Annual report of the Prince of Wales Medical College, Patna
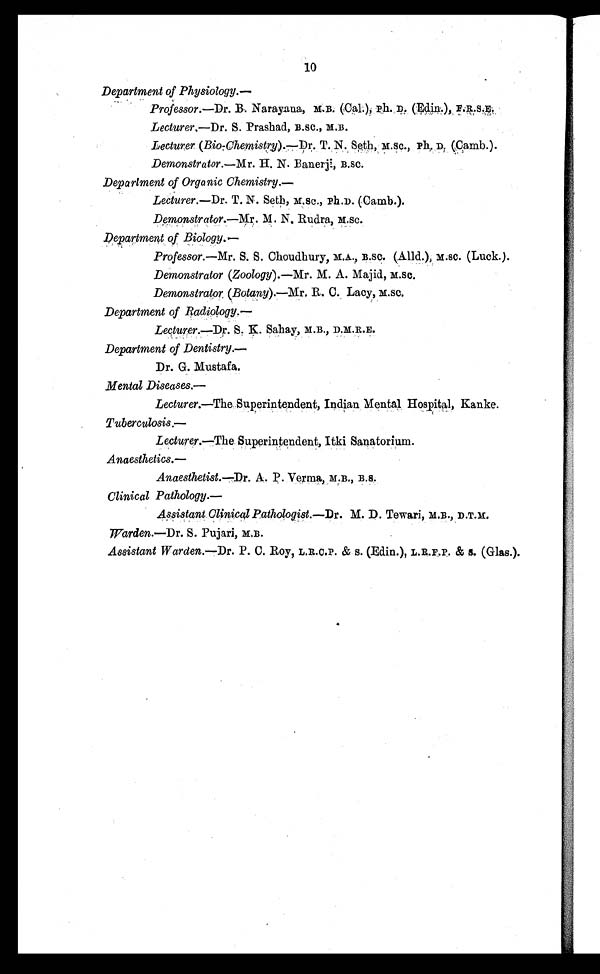
10
Department of Physiology.—
Professor.
—Dr. B. Narayana, M.B. (Cal.), Ph. D. (Edin.),
F.R.S.E.
Lecturer.—Dr. S. Prashad, B .SC., M.B.
Lecturer.
—
(Bio-Chemistry).—Dr. T. N. Seth, M.SC., ph. D, (Camb.).
Demonstrator.—Mr. H. N. Banerji, B.SC.
Department of Organic Chemistry. —
Lecturer.—Dr. T. N. Seth, M.Sc., Ph.D. (Camb.).
Demonstrator. —Mr. M. N. Rudra, M.SC.
Department of Biology. —
Professor. —Mr. S. S. Choudhury, M.A., B.SC. (Alld.), M.SC. (Luck.).
Demonstrator (Zoology). —Mr. M. A. Majid, M.SC.
Demonstrator (Botany). —Mr. R. C. Lacy, M.SC.
Department of Radiology.
—
Lecturer.—Dr. S. K. Sahay, M.B., D.M.R.E.
Department of Dentistry.—
Dr. G. Mustafa.
Mental Diseases.—
Lecturer.—The Superintendent, Indian Mental Hospital, Kanke.
Tuberculosis.—
Lecturer.—The Superintendent, Itki Sanatorium.
Anaesthetics. —
Anaesthetist. —Dr. A. P. Verma, M.B., B.S.
Clinical Pathology. —
Assistant Clinical Pathologist. —Dr. M. D. Tewari, M.B., D.T.M.
Warden.—Dr. S. Pujari, M.B.
Assistant Warden. —Dr. P. C. Roy, L.R.C.P. & S. (Edin.), L.R.F.P. & S. (Glas.).